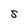
Character: S